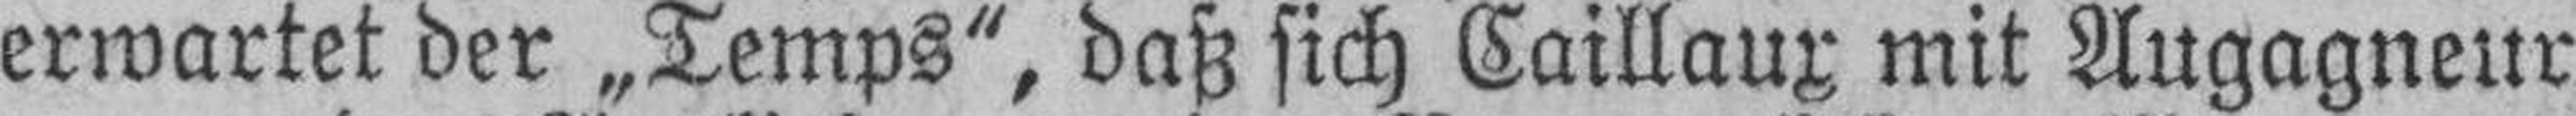
erwartet der „Temps“, daß sich Caillaux mit Augagneur